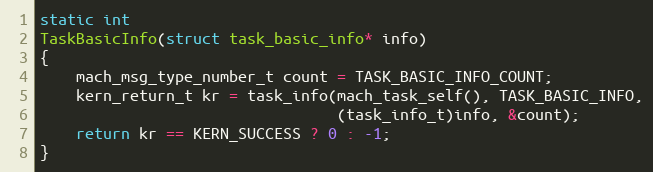
Language: C
static int
TaskBasicInfo(struct task_basic_info* info)
{
    mach_msg_type_number_t count = TASK_BASIC_INFO_COUNT;
    kern_return_t kr = task_info(mach_task_self(), TASK_BASIC_INFO,
                                 (task_info_t)info, &count);
    return kr == KERN_SUCCESS ? 0 : -1;
}